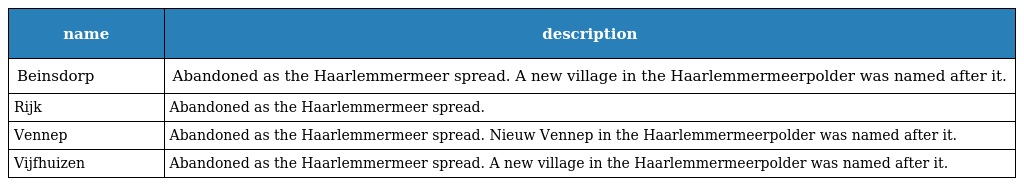
| name | description |
 | --- | --- |
 | Beinsdorp | Abandoned as the Haarlemmermeer spread. A new village in the Haarlemmermeerpolder was named after it. |
 | Rijk | Abandoned as the Haarlemmermeer spread. |
 | Vennep | Abandoned as the Haarlemmermeer spread. Nieuw Vennep in the Haarlemmermeerpolder was named after it. |
 | Vijfhuizen | Abandoned as the Haarlemmermeer spread. A new village in the Haarlemmermeerpolder was named after it. |